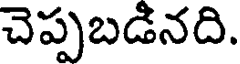
చెప్పబడినది.